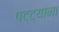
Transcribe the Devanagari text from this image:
पट्ट्याना